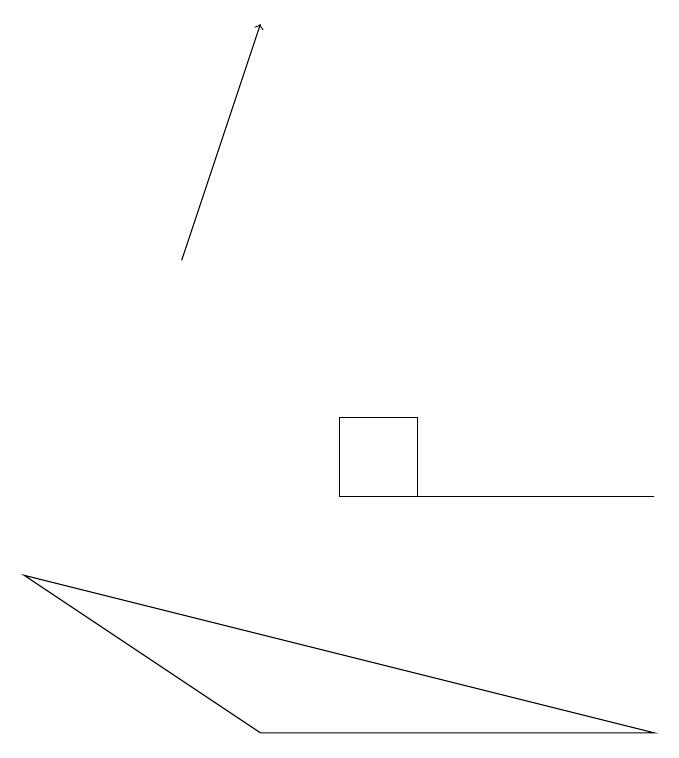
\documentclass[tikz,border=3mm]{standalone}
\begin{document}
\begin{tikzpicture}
\draw[->] (3,13) -- (4,16);
\draw (6,10) rectangle (5,11);
\draw (1,9) -- (9,7) -- (4,7) -- cycle;
\draw (9,10) rectangle (6,10);
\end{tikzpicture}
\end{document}